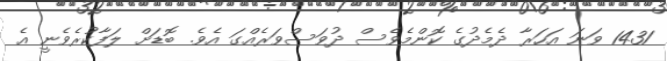
1431 ވަނަ އަހަރާ ދެމެދުގެ ކޮންމެވެސް ދުވަސްވަރެއްގަ އެވެ. ބޮޑަށް ލަފާކުރެވެނީ އެ